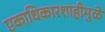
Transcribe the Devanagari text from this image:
एकाधिकारशाहीमुळे